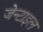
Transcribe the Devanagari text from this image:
जेन्टाइल